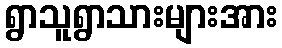
ရွာသူရွာသားများအား